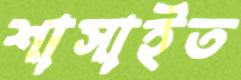
শাসাইত